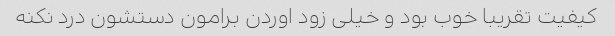
کیفیت تقریبا خوب بود و خیلی زود اوردن برامون دستشون درد نکنه